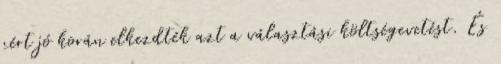
zért jó korán elkezdték azt a választási költségevetést. És